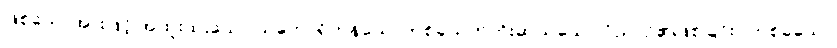
ဖြစ်သောအားဖြင့် အထူးထူးသော သဘောရှိကုန်သောတစ်ခုယုတ်ကိုးဆယ်သော ဝိညာဉ်၏ဖြစ်ခြင်း။ တစ်ခုသော